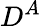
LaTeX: D^{A}